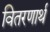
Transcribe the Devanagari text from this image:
वितरणार्थ